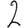
Digit: 2